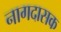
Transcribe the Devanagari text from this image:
नागदासक